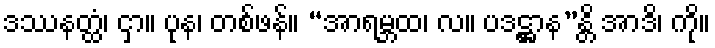
ဒဿနတ္ထံ၊ ငှာ။ ပုန၊ တစ်ဖန်။ “အာရမ္ဘထ၊ လ။ ပဒဋ္ဌာန”န္တိ အာဒိ၊ ကို။